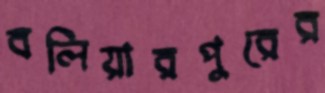
বলিয়ারপুরের